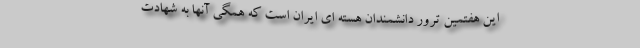
این هفتمین ترور دانشمندان هسته ای ایران است که همگی آنها به شهادت